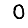
Digit: 0